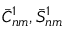
\bar { C } _ { n m } ^ { 1 } , \bar { S } _ { n m } ^ { 1 }